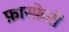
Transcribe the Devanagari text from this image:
फ़ास्फ़ेटों